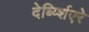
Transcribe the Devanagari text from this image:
देर्ब्य्शिएरे